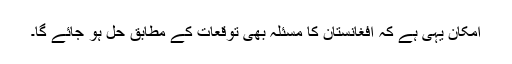
امکان یہی ہے کہ افغانستان کا مسئلہ بھی توقعات کے مطابق حل ہو جائے گا۔